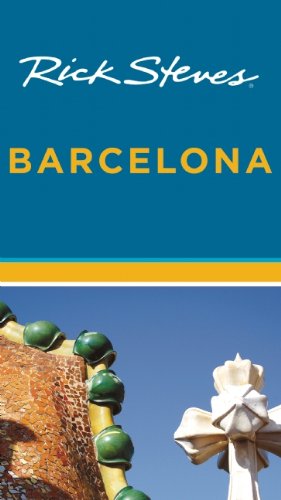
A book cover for Rick Steves Barcelona; Rick Steves; Travel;